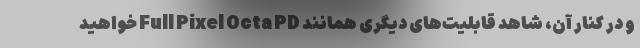
و در کنار آن، شاهد قابلیت‌های دیگری همانند Full Pixel Octa PD خواهید